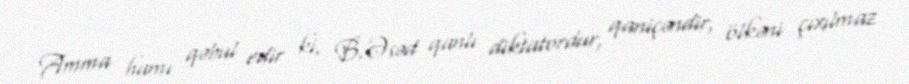
Amma hamı qəbul edir ki, B.Əsəd qanlı diktatordur, qaniçəndir, ölkəni çıxılmaz